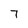
Character: 7